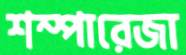
শম্পারেজা